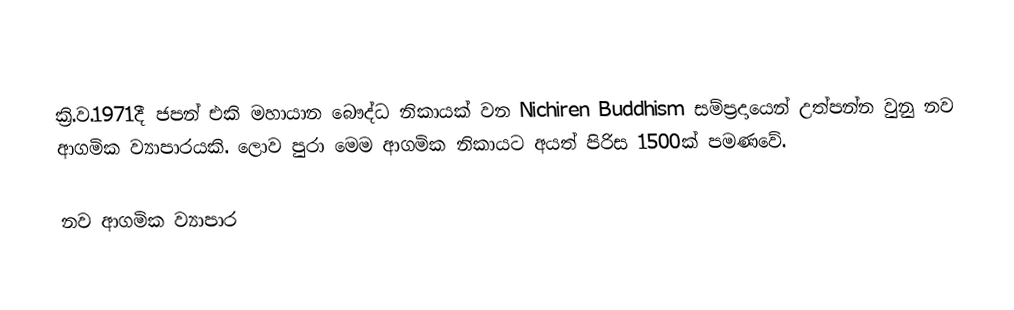
ක්‍රි.ව.1971දී ජපන් එකි මහායාන බෞද්ධ නිකායක් වන Nichiren Buddhism සම්ප්‍රදායෙන් උත්පන්න වුනු  නව ආගමික ව්‍යාපාරයකි. ලොව පුරා මෙම ආගමික නිකායට අයත් පිරිස 1500ක් පමණවේ.

නව ආගමික ව්‍යාපාර